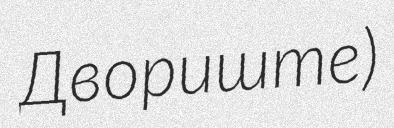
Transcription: Двориште)